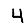
Digit: 4